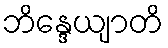
ဘိန္ဒေယျာတိ